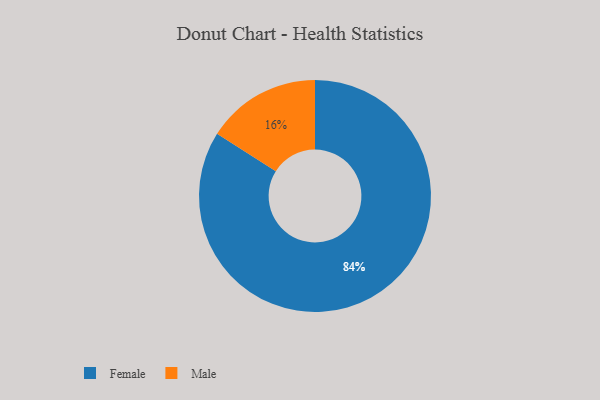
{"axis": {"x": "Category", "y": "Percentage"}, "legend": ["Female", "Male"], "data": [{"x": "Female", "y": 84, "type": "Female"}, {"x": "Male", "y": 16, "type": "Male"}]}